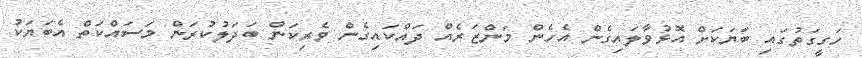
ހަގީގަތުގައި ބަޔަކަށް އޮޅުވާލައިގެން އެހެން މަންޒަރެއް ދައްކައިގެން ވެރިކަން ބަދަލުކުރަން މަސައްކަތް އެބަޔަކު